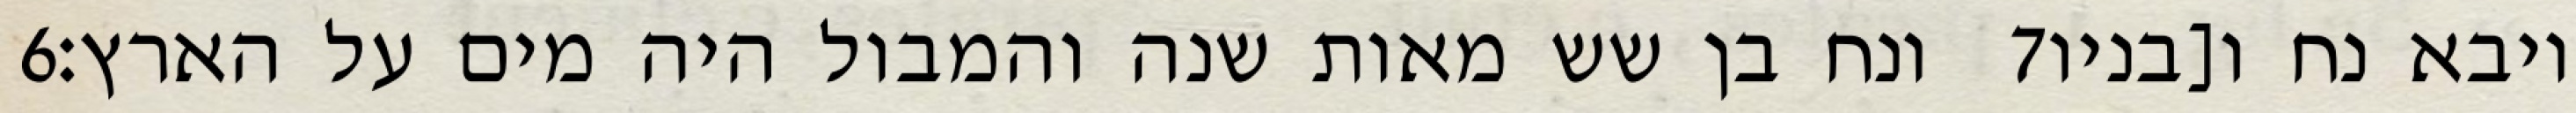
‎6‏ ונח בן שש מאות שנה והמבול היה מים על הארץ׃ ‎7‏ ויבא נח ו[בניו